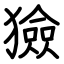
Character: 獫